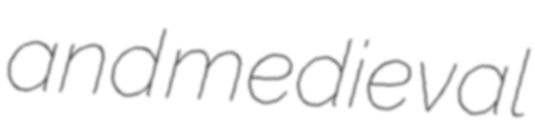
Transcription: and medieval